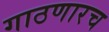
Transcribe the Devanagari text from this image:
गाठणारच